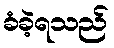
ခံခဲ့ရသည်